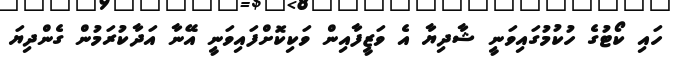
ހައި ކޯޓުގެ ހުކުމުގައިވަނީ ޝާދިޔާ އެ ވަޒީފާއިން ވަކިކޮށްފައިވަނީ އޭނާ އަދާކުރަމުން ގެންދިޔަ